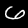
Digit: 6